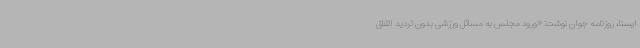
ایسنا، روزنامه جوان نوشت: «ورود مجلس به مسائل ورزشی بدون تردید اتفاق